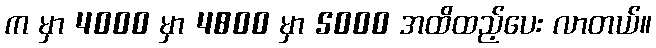
က မှာ 4000 မှာ 4800 မှာ 5000 အထိထည့်ပေး လာတယ်။